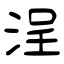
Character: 浧